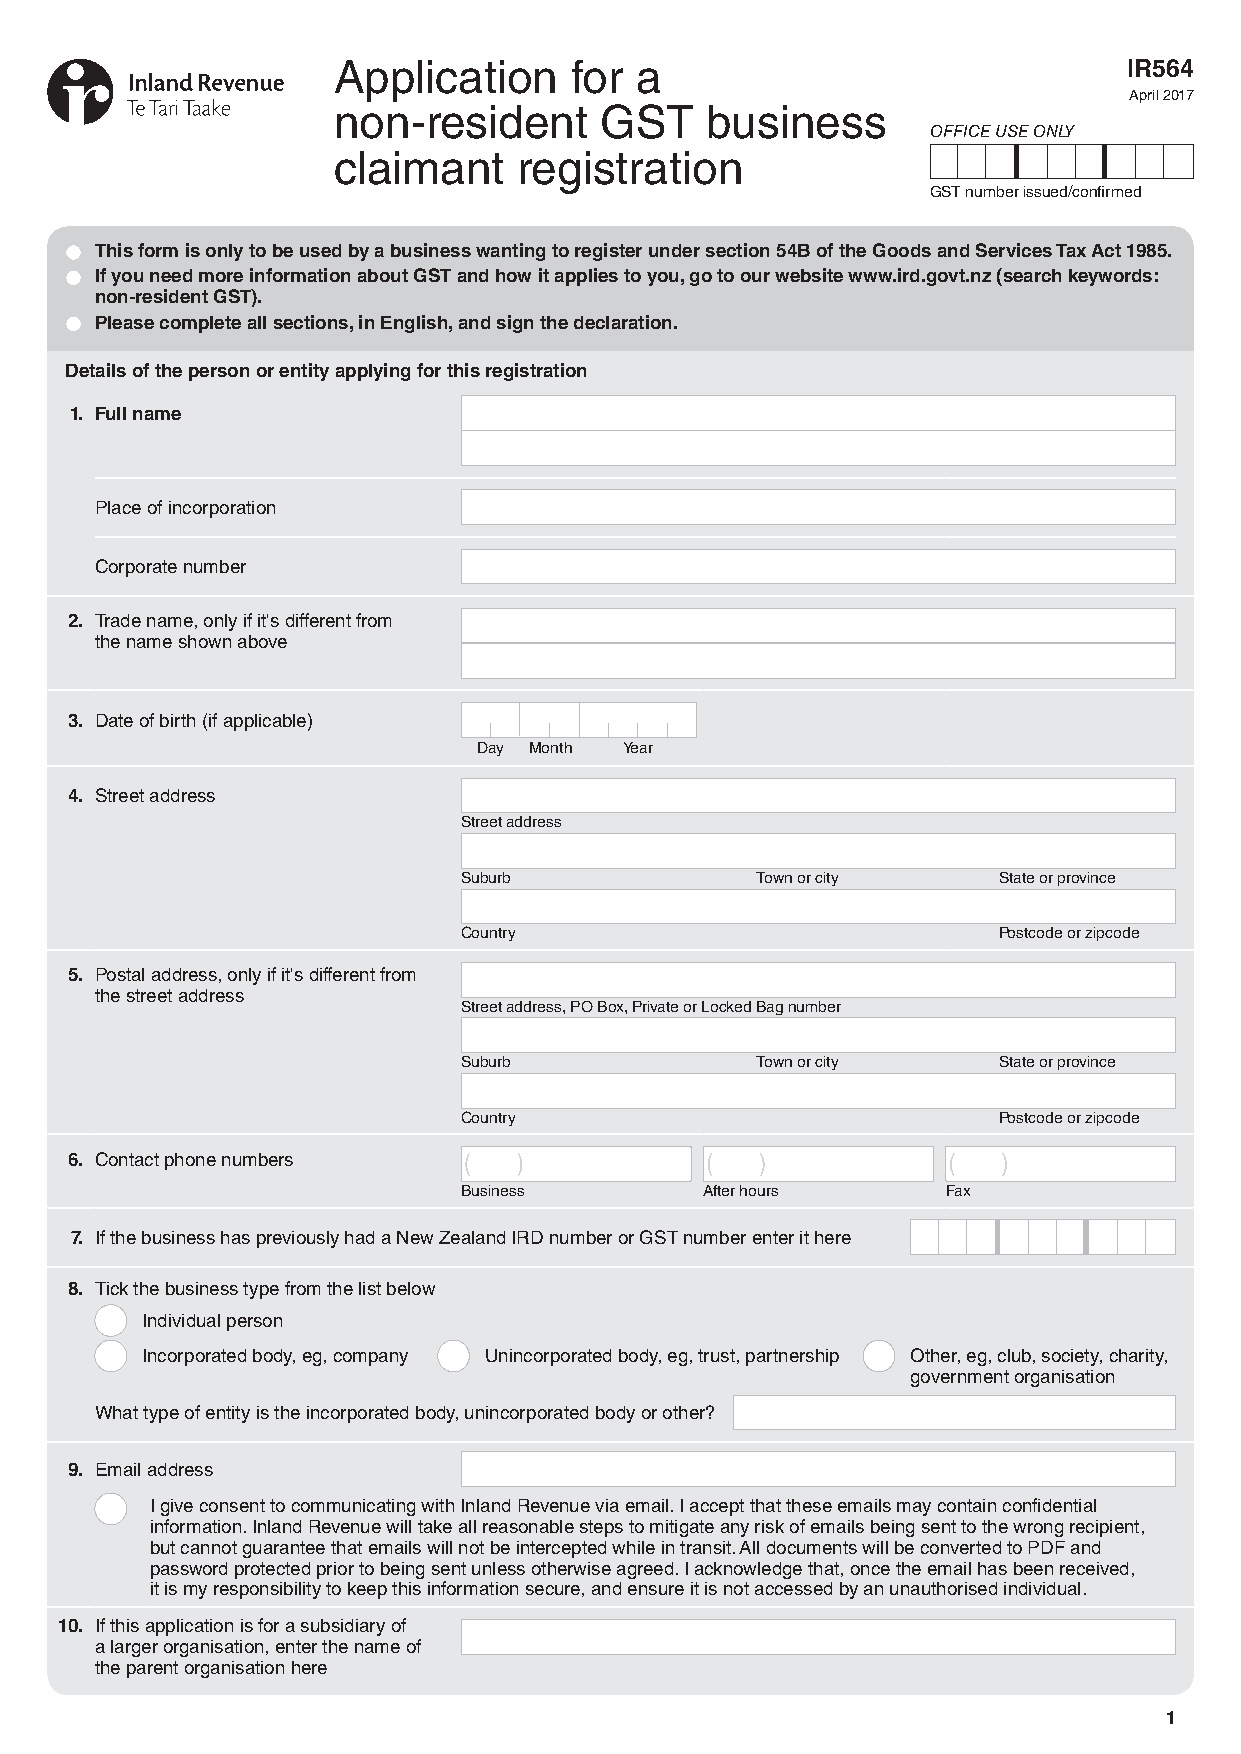
Application     for a                                IR564
 April 2017
 non-resident      GST    business
 OFFICE USE ONLY
 claimant    registration
 GST number issued/confirmed
 • This form is only to be used by a business wanting to register under section 54B of the Goods and Services Tax Act 1985.
 • If you need more information about GST and how it applies to you, go to our website www.ird.govt.nz (search keywords:
 non-resident GST).
 • Please complete all sections, in English, and sign the declaration.
 Details of the person or entity applying for this registration
 1. Full name
 Place of incorporation
 Corporate number
 2. Trade name, only if it's different from
 the name shown above
 3. Date of birth (if applicable)
 Day Month Year
 4. Street address
 Street address
 Suburb              Town or city    State or province
 Country                             Postcode or zipcode
 5. Postal address, only if it's different from
 the street address
 Street address, PO Box, Private or Locked Bag number
 Suburb              Town or city    State or province
 Country                             Postcode or zipcode
 6. Contact phone numbers
 Business         After hours     Fax
 7. If the business has previously had a New Zealand IRD number or GST number enter it here
 8. Tick the business type from the list below
 Individual person
 Incorporated body, eg, company Unincorporated body, eg, trust, partnership Other, eg, club, society, charity,
 government organisation
 What type of entity is the incorporated body, unincorporated body or other?
 9. Email address
 I give consent to communicating with Inland Revenue via email. I accept that these emails may contain confidential
 information. Inland Revenue will take all reasonable steps to mitigate any risk of emails being sent to the wrong recipient,
 but cannot guarantee that emails will not be intercepted while in transit. All documents will be converted to PDF and
 password protected prior to being sent unless otherwise agreed. I acknowledge that, once the email has been received,
 it is my responsibility to keep this information secure, and ensure it is not accessed by an unauthorised individual.
 10. If this application is for a subsidiary of
 a larger organisation, enter the name of
 the parent organisation here
 1